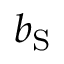
b _ { \mathrm { S } }